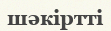
шәкіртті